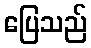
ပြေသည်